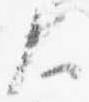
大